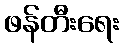
ဖန်တီးရေး